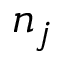
n _ { j }